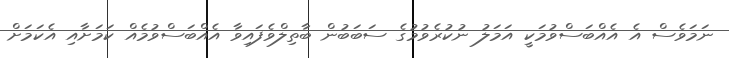
ނަމަވެސް އެ އެއްބަސްވުމަކީ އަމަލު ނުކުރެވުމުގެ ސަބަބުން ބާތިލްވެފައިވާ އެއްބަސްވުމެއް ކަމަށާއި އެކަމަށް